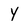
Character: Y